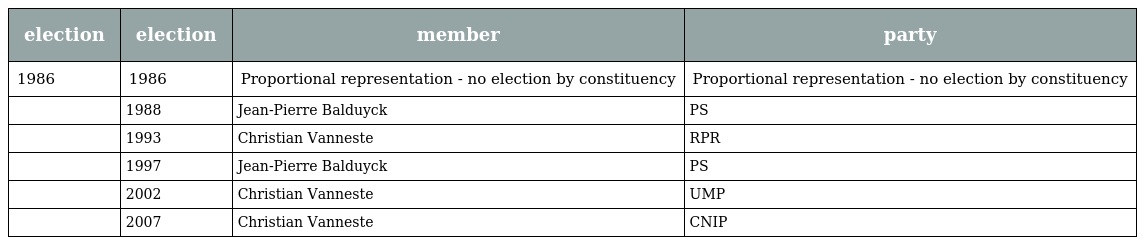
| election | election | member | party |
 | --- | --- | --- | --- |
 | 1986 | 1986 | Proportional representation - no election by constituency | Proportional representation - no election by constituency |
 |  | 1988 | Jean-Pierre Balduyck | PS |
 |  | 1993 | Christian Vanneste | RPR |
 |  | 1997 | Jean-Pierre Balduyck | PS |
 |  | 2002 | Christian Vanneste | UMP |
 |  | 2007 | Christian Vanneste | CNIP |